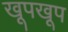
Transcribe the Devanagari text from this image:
खूपखूप